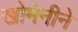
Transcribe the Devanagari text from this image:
खोमेनीने